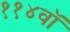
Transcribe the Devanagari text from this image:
११४वॉ